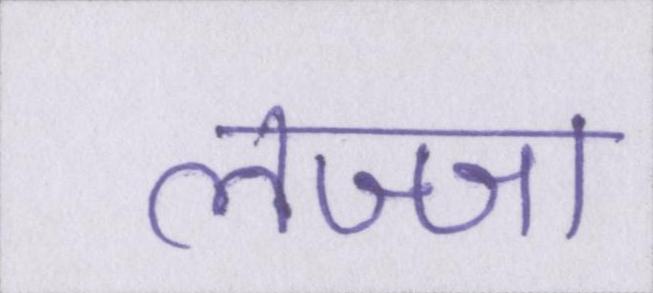
लज्जा